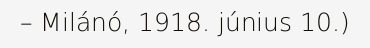
– Milánó, 1918. június 10.)